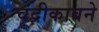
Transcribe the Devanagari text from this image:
चंद्रीकाबने